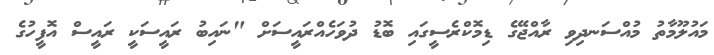
މައުލޫމާތު މުއްސަނދިވި ރާއްޖޭގެ ޑިމޮކްރެސީގައި ބޮޑު ދުވަހެއްރައީސަށް "ނައިބު ރައީސަކީ ރައީސް އޮފީހުގެ